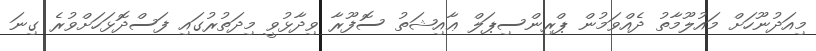
މިއަދުނޫހަށް މައުލޫމާތު ދެއްވަމުން ޕްރިންސިޕަލް ޢާއިޝަތު ސޮފޫރާ ވިދާޅުވީ މިދަތުރުގައި ފަސްދޮޅަހަށްވުރެ ގިނަ